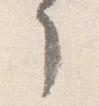
了